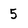
Character: 5